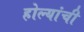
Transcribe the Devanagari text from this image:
होल्यांची